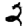
Digit: 2